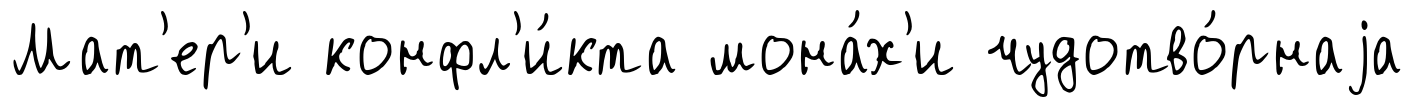
Мат'ер'и конфл'и́кта мона́х'и чудотво́рнаjа